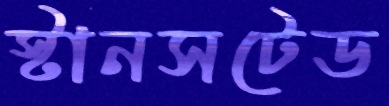
স্টানসটেড